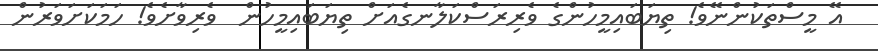
އޭ މީސްތަކުންނޭވެ! ތިޔަބައިމީހުންގެ ވެރިރަސްކަލާނގެއަށް ތިޔަބައިމީހުން  ވެރިވާށެވެ! ހަމަކަށަވަރުން